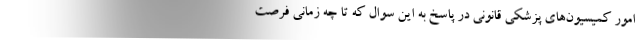
امور کمیسیون‌های پزشکی قانونی در پاسخ به این سوال که تا چه زمانی فرصت